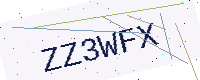
Text: ZZ3WFX